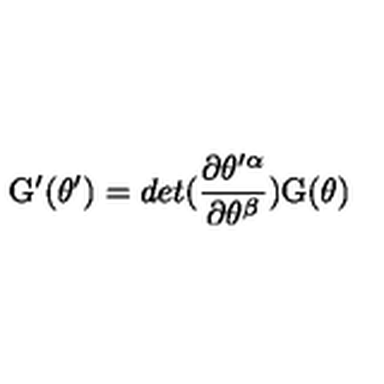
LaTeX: \mathrm { G } ^ { \prime } ( \theta ^ { \prime } ) = d e t ( { \frac { \partial \theta ^ { \prime \alpha } } { \partial \theta ^ { \beta } } } ) \mathrm { G } ( \theta )